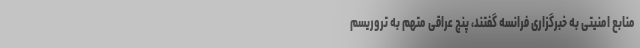
منابع امنیتی به خبرگزاری فرانسه گفتند، پنج عراقی متهم به تروریسم